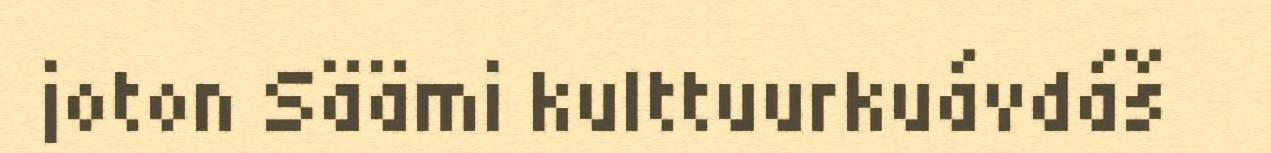
joton Säämi kulttuurkuávdáš